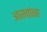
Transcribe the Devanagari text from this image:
आसवांना